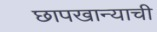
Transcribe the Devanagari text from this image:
छापखान्याची